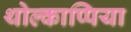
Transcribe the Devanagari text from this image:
थोल्काप्पिया